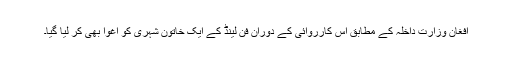
افغان وزارت داخلہ کے مطابق اس کارروائی کے دوران فن لینڈ کے ایک خاتون شہری کو اغوا بھی کر لیا گیا۔